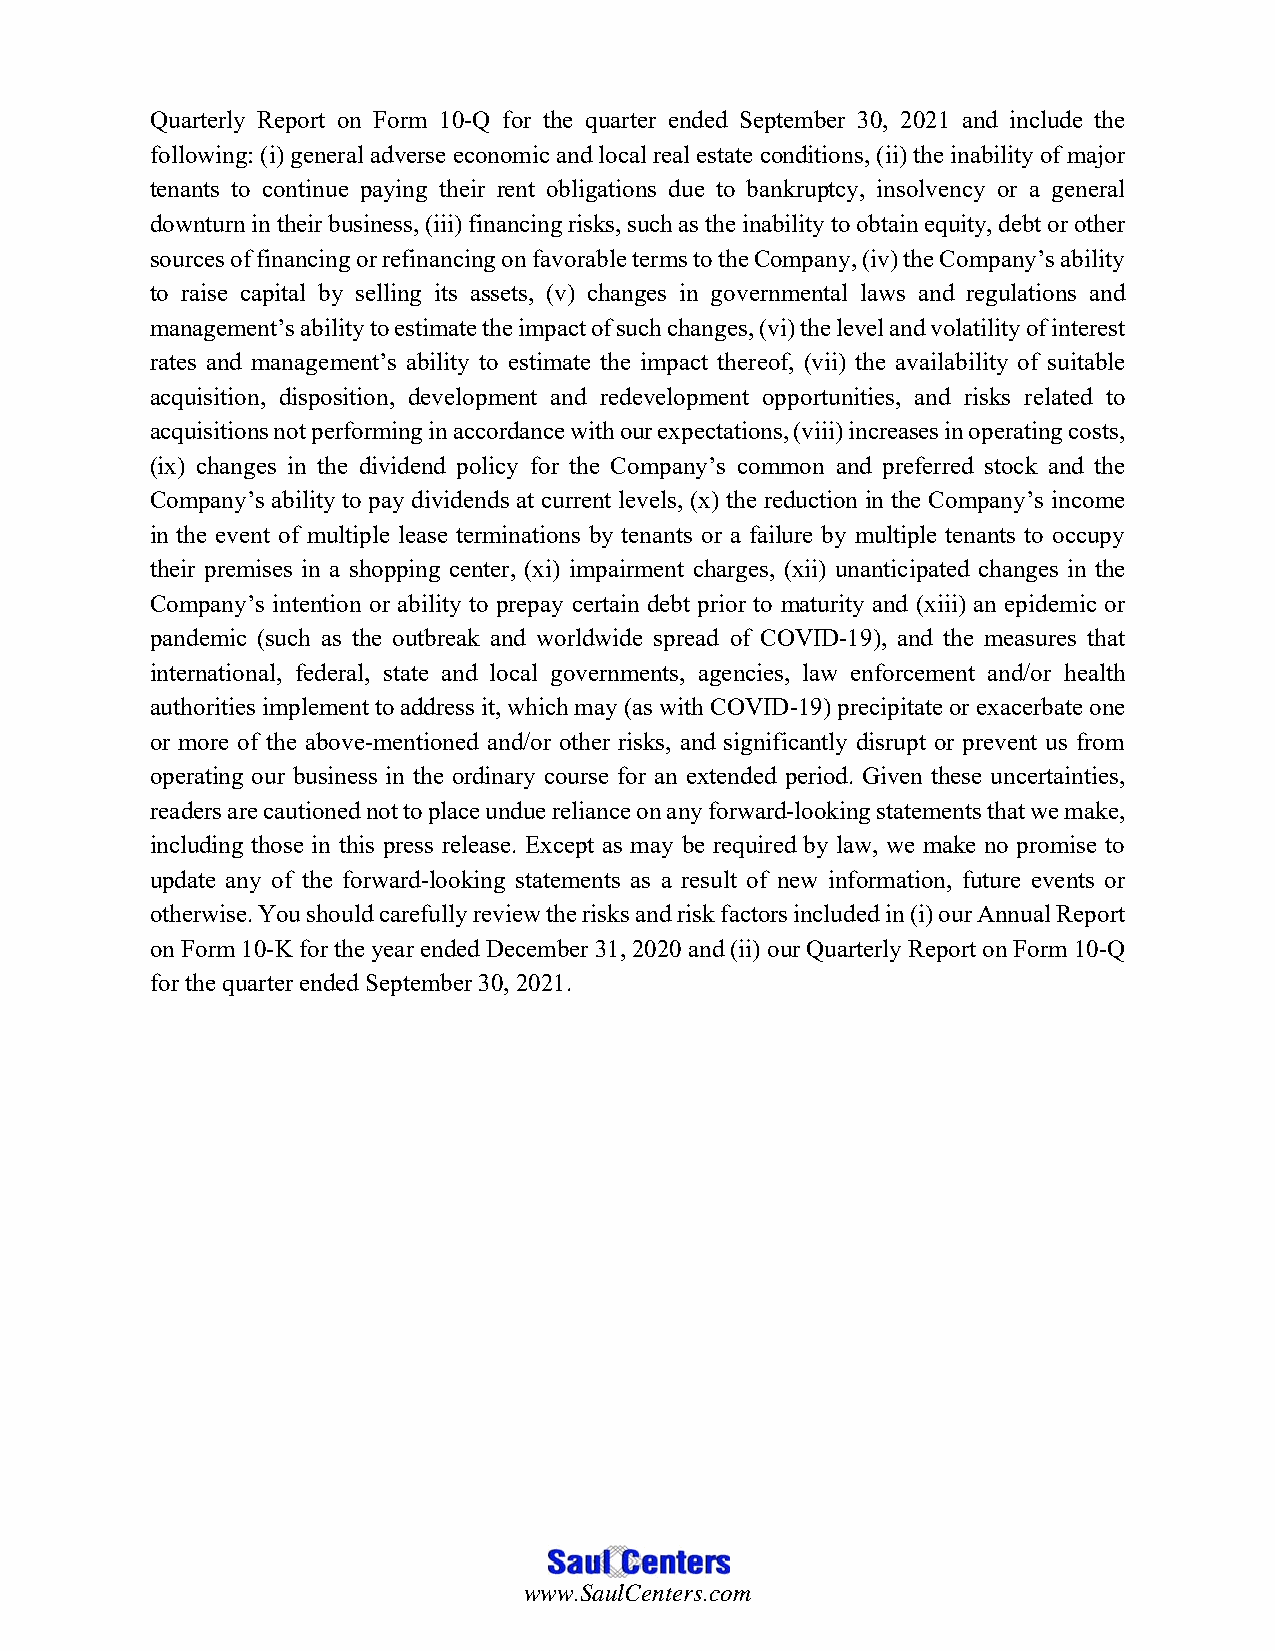
Quarterly Report on Form 10-Q for the quarter ended September 30, 2021 and include the
 following: (i) general adverse economic and local real estate conditions, (ii) the inability of major
 tenants to continue paying their rent obligations due to bankruptcy, insolvency or a general
 downturn in their business, (iii) financing risks, such as the inability to obtain equity, debt or other
 sources of financing or refinancing on favorable terms to the Company, (iv) the Company’s ability
 to raise capital by selling its assets, (v) changes in governmental laws and regulations and
 management’s ability to estimate the impact of such changes, (vi) the level and volatility of interest
 rates and management’s ability to estimate the impact thereof, (vii) the availability of suitable
 acquisition, disposition, development and redevelopment opportunities, and risks related to
 acquisitions not performing in accordance with our expectations, (viii) increases in operating costs,
 (ix) changes in the dividend policy for the Company’s common and preferred stock and the
 Company’s ability to pay dividends at current levels, (x) the reduction in the Company’s income
 in the event of multiple lease terminations by tenants or a failure by multiple tenants to occupy
 their premises in a shopping center, (xi) impairment charges, (xii) unanticipated changes in the
 Company’s intention or ability to prepay certain debt prior to maturity and (xiii) an epidemic or
 pandemic (such as the outbreak and worldwide spread of COVID-19), and the measures that
 international, federal, state and local governments, agencies, law enforcement and/or health
 authorities implement to address it, which may (as with COVID-19) precipitate or exacerbate one
 or more of the above-mentioned and/or other risks, and significantly disrupt or prevent us from
 operating our business in the ordinary course for an extended period. Given these uncertainties,
 readers are cautioned not to place undue reliance on any forward-looking statements that we make,
 including those in this press release. Except as may be required by law, we make no promise to
 update any of the forward-looking statements as a result of new information, future events or
 otherwise. You should carefully review the risks and risk factors included in (i) our Annual Report
 on Form 10-K for the year ended December 31, 2020 and (ii) our Quarterly Report on Form 10-Q
 for the quarter ended September 30, 2021.
 www.SaulCenters.com